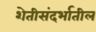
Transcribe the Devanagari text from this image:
शेतीसंदर्भातील